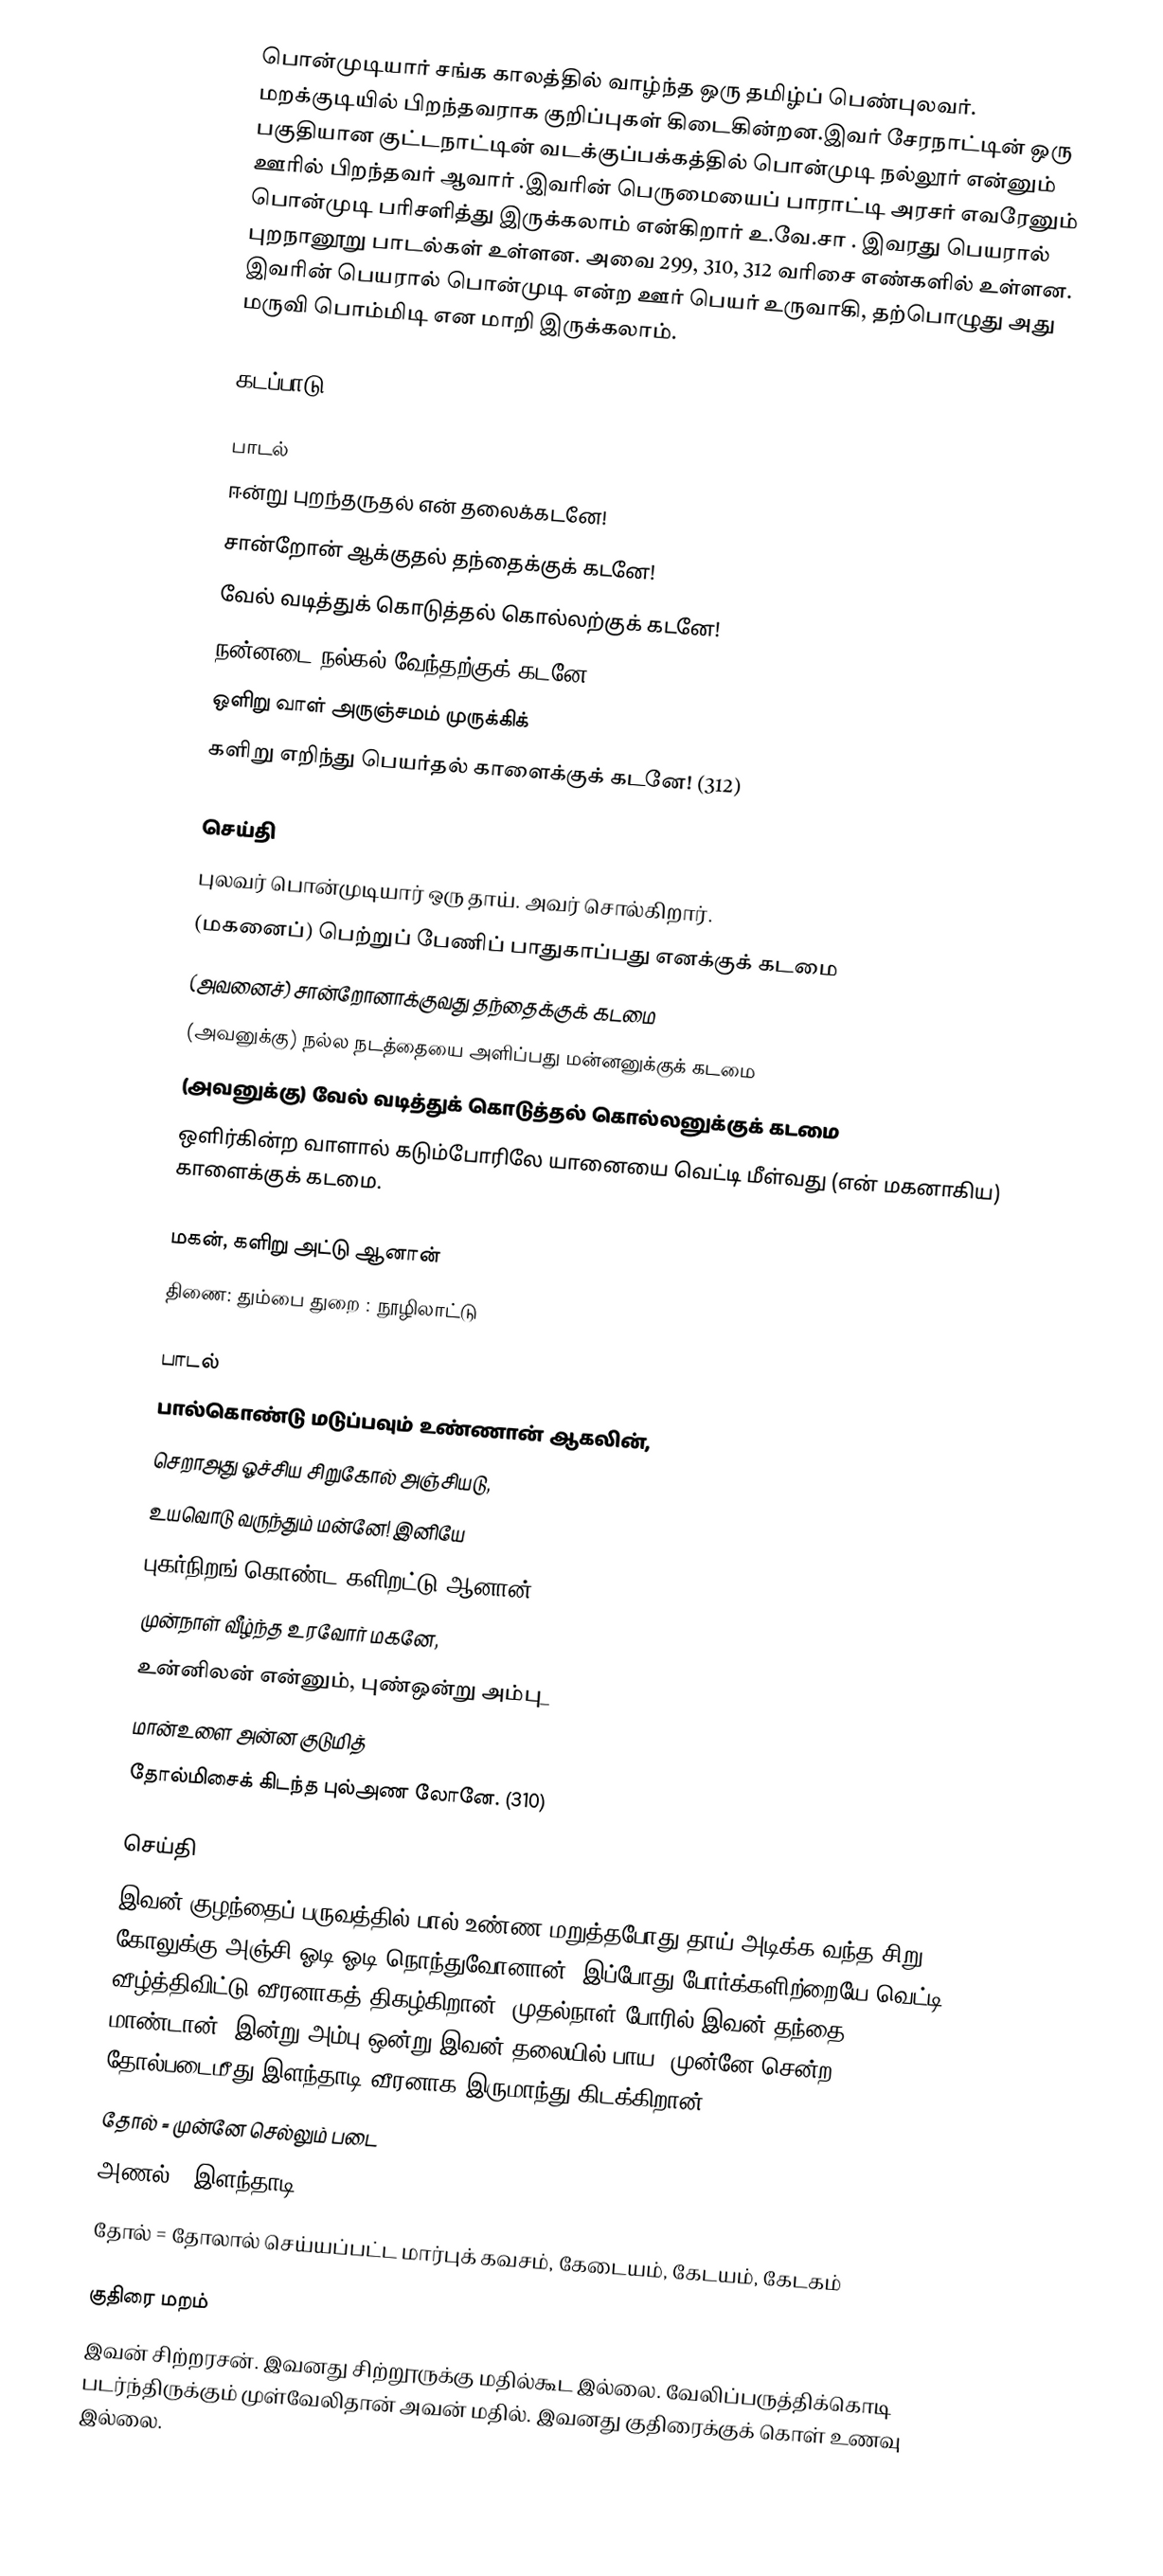
பொன்முடியார் சங்க காலத்தில் வாழ்ந்த ஒரு தமிழ்ப் பெண்புலவர். மறக்குடியில் பிறந்தவராக குறிப்புகள் கிடைகின்றன.இவர் சேரநாட்டின் ஒரு பகுதியான குட்டநாட்டின் வடக்குப்பக்கத்தில் பொன்முடி நல்லூர் என்னும் ஊரில் பிறந்தவர் ஆவார் .இவரின் பெருமையைப் பாராட்டி அரசர் எவரேனும் பொன்முடி பரிசளித்து இருக்கலாம் என்கிறார் உ.வே.சா .  இவரது பெயரால் புறநானூறு பாடல்கள் உள்ளன. அவை 299, 310, 312 வரிசை எண்களில் உள்ளன. இவரின் பெயரால் பொன்முடி என்ற ஊர் பெயர் உருவாகி, தற்பொழுது அது மருவி பொம்மிடி என மாறி இருக்கலாம்.

கடப்பாடு

பாடல்
 ஈன்று புறந்தருதல் என் தலைக்கடனே!
 சான்றோன் ஆக்குதல் தந்தைக்குக் கடனே!
 வேல் வடித்துக் கொடுத்தல் கொல்லற்குக் கடனே!
 நன்னடை நல்கல் வேந்தற்குக் கடனே!
 ஒளிறு வாள் அருஞ்சமம் முருக்கிக்
 களிறு எறிந்து பெயர்தல் காளைக்குக் கடனே! (312)

செய்தி
 புலவர் பொன்முடியார் ஒரு தாய். அவர் சொல்கிறார்.
 (மகனைப்) பெற்றுப் பேணிப் பாதுகாப்பது எனக்குக் கடமை
 (அவனைச்) சான்றோனாக்குவது தந்தைக்குக் கடமை
 (அவனுக்கு) நல்ல நடத்தையை அளிப்பது மன்னனுக்குக் கடமை
 (அவனுக்கு) வேல் வடித்துக் கொடுத்தல் கொல்லனுக்குக் கடமை
 ஒளிர்கின்ற வாளால் கடும்போரிலே யானையை வெட்டி மீள்வது (என் மகனாகிய) காளைக்குக் கடமை.

மகன், களிறு அட்டு ஆனான்
 திணை: தும்பை துறை : நூழிலாட்டு

பாடல்
பால்கொண்டு மடுப்பவும் உண்ணான் ஆகலின்,
செறாஅது ஓச்சிய சிறுகோல் அஞ்சியடு,
உயவொடு வருந்தும் மன்னே! இனியே
புகர்நிறங் கொண்ட களிறட்டு ஆனான்,
முன்நாள் வீழ்ந்த உரவோர் மகனே,
உன்னிலன் என்னும், புண்ஒன்று அம்பு_
மான்உளை அன்ன குடுமித்
தோல்மிசைக் கிடந்த புல்அண லோனே. (310)

செய்தி
இவன் குழந்தைப் பருவத்தில் பால் உண்ண மறுத்தபோது தாய் அடிக்க வந்த சிறு கோலுக்கு அஞ்சி ஓடி ஓடி நொந்துவோனான். இப்போது போர்க்களிற்றையே வெட்டி வீழ்த்திவிட்டு வீரனாகத் திகழ்கிறான். முதல்நாள் போரில் இவன் தந்தை மாண்டான். இன்று அம்பு ஒன்று இவன் தலையில் பாய, முன்னே சென்ற தோல்படைமீது இளந்தாடி வீரனாக இருமாந்து கிடக்கிறான்.
 தோல் = முன்னே செல்லும் படை
 அணல் = இளந்தாடி
 தோல் = தோலால் செய்யப்பட்ட மார்புக் கவசம், கேடையம், கேடயம், கேடகம்

குதிரை மறம்
இவன் சிற்றரசன். இவனது சிற்றூருக்கு மதில்கூட இல்லை. வேலிப்பருத்திக்கொடி படர்ந்திருக்கும் முள்வேலிதான் அவன் மதில். இவனது குதிரைக்குக் கொள் உணவு இல்லை.